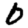
Digit: 0